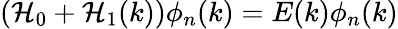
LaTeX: (\mathcal{H}_{0}+\mathcal{H}_{1}(k))\phi_{n}(k)=E(k)\phi_{n}(k)